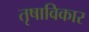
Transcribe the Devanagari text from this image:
तृषाविकार